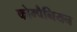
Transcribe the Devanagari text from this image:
कोम्पैनियन